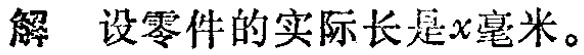
解 设零件的实际长是\(x\)毫米。